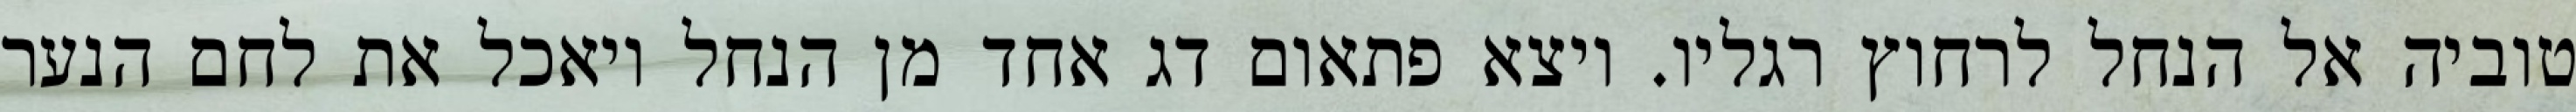
טוביה אל הנחל לרחוץ רגליו. ויצא פתאום דג אחד מן הנחל ויאכל את לחם הנער